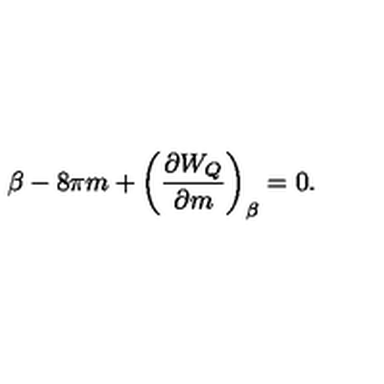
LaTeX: \beta - 8 \pi m + \left( { \frac { \partial W _ { Q } } { \partial m } } \right) _ { \beta } = 0 .